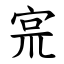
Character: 宺